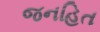
જનહિત